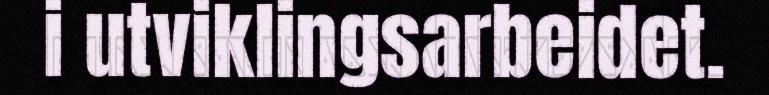
i utviklingsarbeidet.